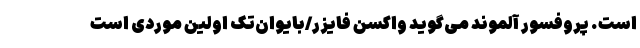
است. پروفسور آلموند می‌گوید واکسن فایزر/بایو‌اِن‌تک اولین موردی است